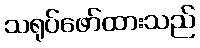
သရုပ်ဖော်ထားသည်